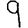
Digit: 9